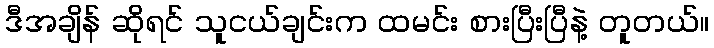
ဒီအချိန် ဆိုရင် သူငယ်ချင်းက ထမင်း စားပြီးပြီနဲ့ တူတယ်။